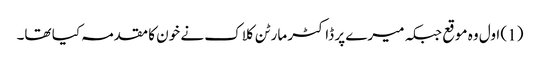
(1) اول وہ موقع جبکہ میرے پر ڈاکٹر مارٹن کلاک نے خون کا مقدمہ کیا تھا۔